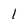
Character: 1